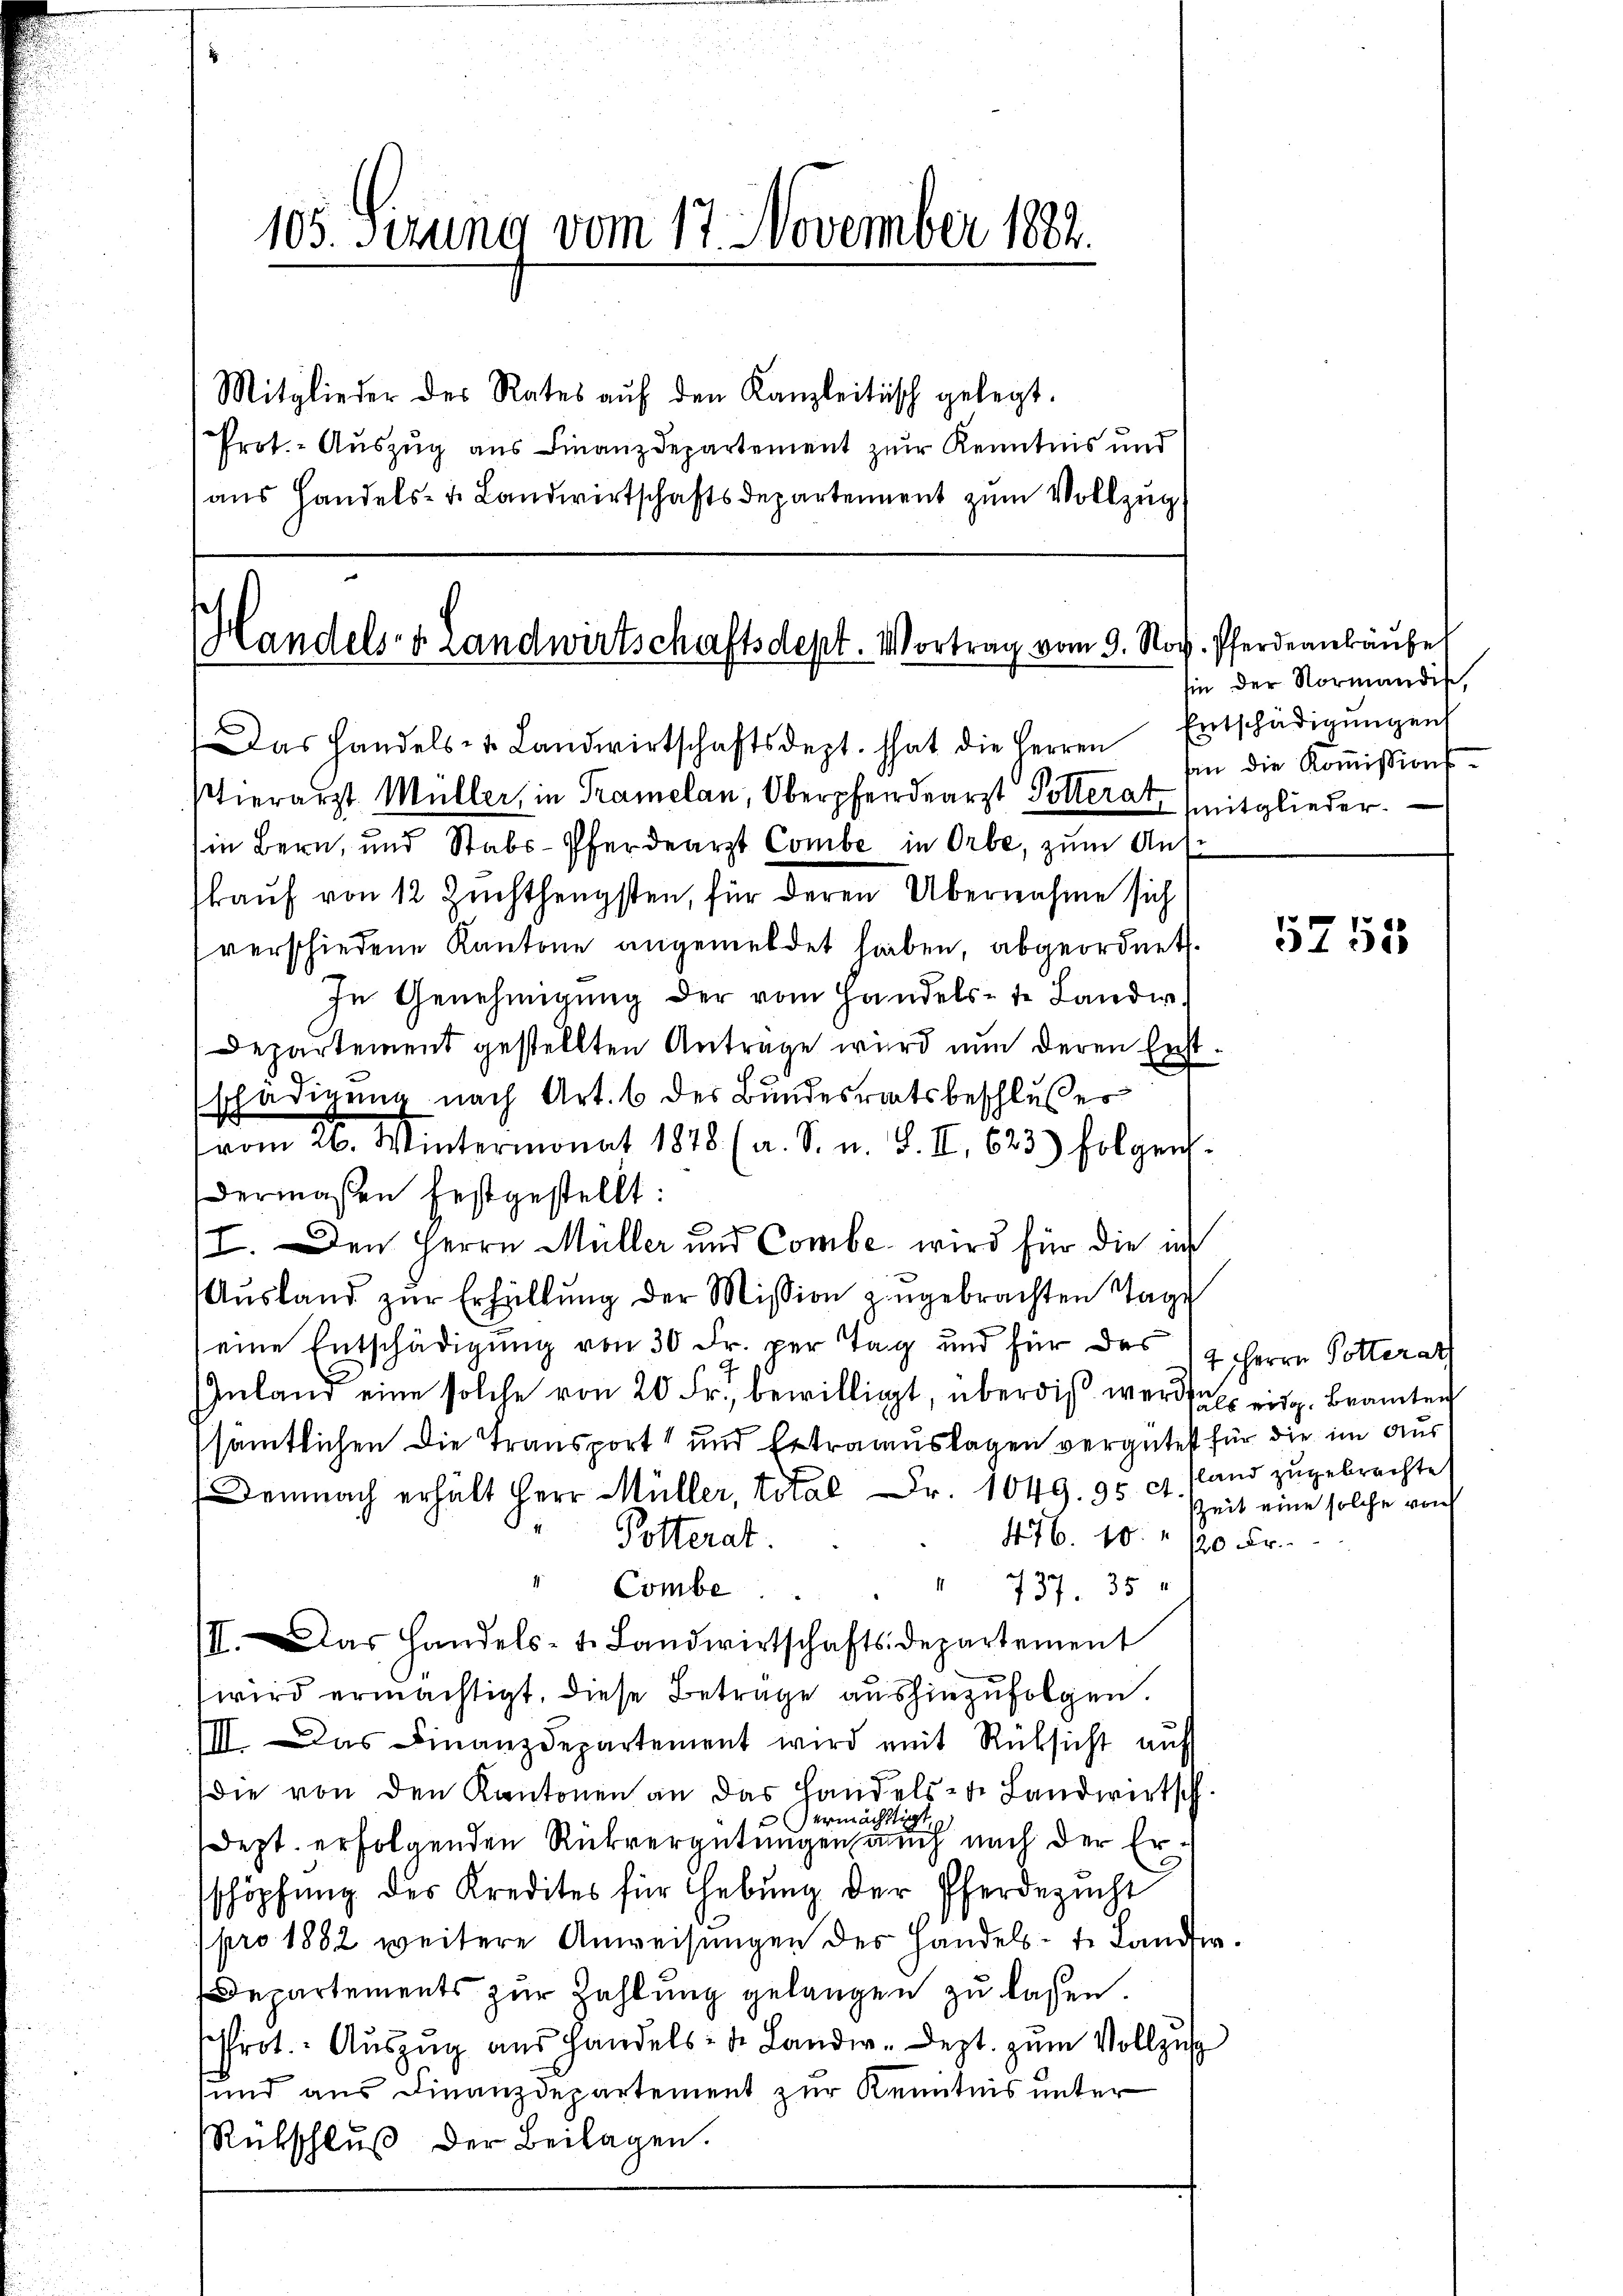
105. Sizung vom 17. November 1882.

Mitglieder des Rates aŭf den Kanzleitisch gelegt.
Prot. - Auszug aus Finanzdepartement zur Kenntnis und
aus Handels- u. Landwirtschaftsdepartement zum Vollzug

Handels- & Landwirtschaftsdept. Vortrag vom 9. Nov. Pferdenbäŭber

Das Handels- u. Landwirtschaftsdept. that die Herren Entschädigŭngen
Uhierarzt. Müller, in Tramelan, Oberpfendearzt Polterat mitglieder.
in Bern, und Stabs-Pferdearzt Combe in Orbe, zum Auskaŭf von 12 Zuchthengsten, für deren Übernahme sich
verschiedene Kantone angemeldet hieben, abgeordnet.
In Genehmigŭng der vom Handels-te Landw.
Departement gestellten Antrage wird nun deren Erstschädigung nach Art. 6 des Bundesratsbeschlußes
vom 26. Wintermonat 1878 (a. S. u. S. II. 623 folgen.
dermaßen festgestellt:
II. Den Herrn Müller und Combe, wird für die in
Aŭsland zŭr Erfüllung der Mission zugebrachten Tage
(eine Entschädigung von 30 Fr. per Tag und für das 2 Herrn Potterath
Inland eine solche von 20 Fr., bewilligt, überdieß werde eidg. Beamten
sämtlichen Die Transport und Ertrauslagen vergütet für die im Aus
Demnach erhält Herr Müller, total Fr. 1049. 95 ct. sland zugebrachte
476. 10. 120 Fr.
Potterat.
af
1
Combe
137. 35
III. Das Handels- u. Landwirtschaftsdepartement
wird ermächtigt, diese Betrage aushinzufolgen.
IIII. Das Finanzdepartement wird mit Rüksicht aŭf
die von den Kantonen an das Handels- de Landwirtsch
ermächtigt
2
dept. erfolgenden Rückvergütungen auch nach der Erschöpfung des Kredites für Hebung der Pferdezucht
pro 1882 weitere Anweisungen des Handels- t. Landw.
Departements zur Zahlung gelangen zu lassen.
Prot. Auszug aus handels- u. Landw. Dezt. zum Vollzug
und aus Finanzdepartement zur Kenntnis unter
Rübschlŭβ der Beilagen.

hin der Normandis,
hin die Kommissions¬

5755

ZZeit eine solche von